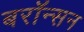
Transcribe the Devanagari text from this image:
बरॉन्सन